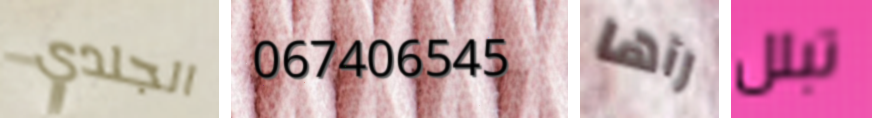
الجلدي 067406545 رآها تبلل